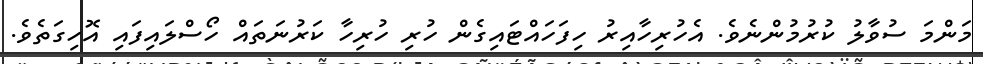
މަންމަ ސުވާލު ކުރުމުންނެވެ. އެހުރިހާއިރު ހިފަހައްޓައިގެން ހުރި ހުރިހާ ކަރުނަތައް ހޯސްލައިފައި އޮހިގަތެވެ.